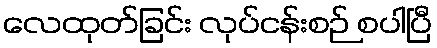
လေထုတ်ခြင်း လုပ်ငန်းစဉ် စပါပြီ